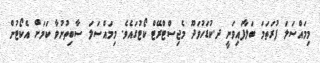
މިމައްސަލަ ފުރަތަމަ ބަލާފައިވަނީ ދ.ކުޑަހުވަދޫ މެޖިސްޓްރޭޓް ކޯޓުގައެވެ. މިމައްސަލަ ސާބިތުނުވާ ކަމަށް އެކޯޓުން